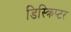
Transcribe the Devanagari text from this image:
डिस्क्रिप्टर